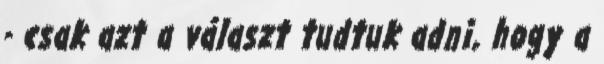
- csak azt a választ tudtuk adni, hogy a